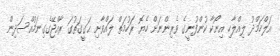
އަލްހަމްދު ލިއްލާހި އިނޯކާ ކުންފުނީގެ ވެރިންނަށް ހެޔޮ ރަހުމަތް ލައްވާށި ޙަގީގަތުގަ ރާއްޖޭގެގިނަމުއްސަދިން